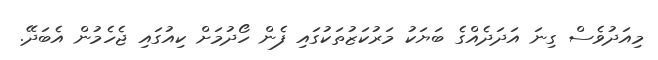
މިއަދުވެސް ގިނަ އަދަދެއްގެ ބަޔަކު މަރުކަޒުތަކުގައި ފެން ހޯދުމަށް ކިއުގައި ޖެހެމުން އެބަދޭ.